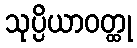
သုပ္ပိယာဝတ္ထု